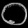
Digit: ၀